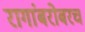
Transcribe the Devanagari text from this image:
रागांबरोबरच